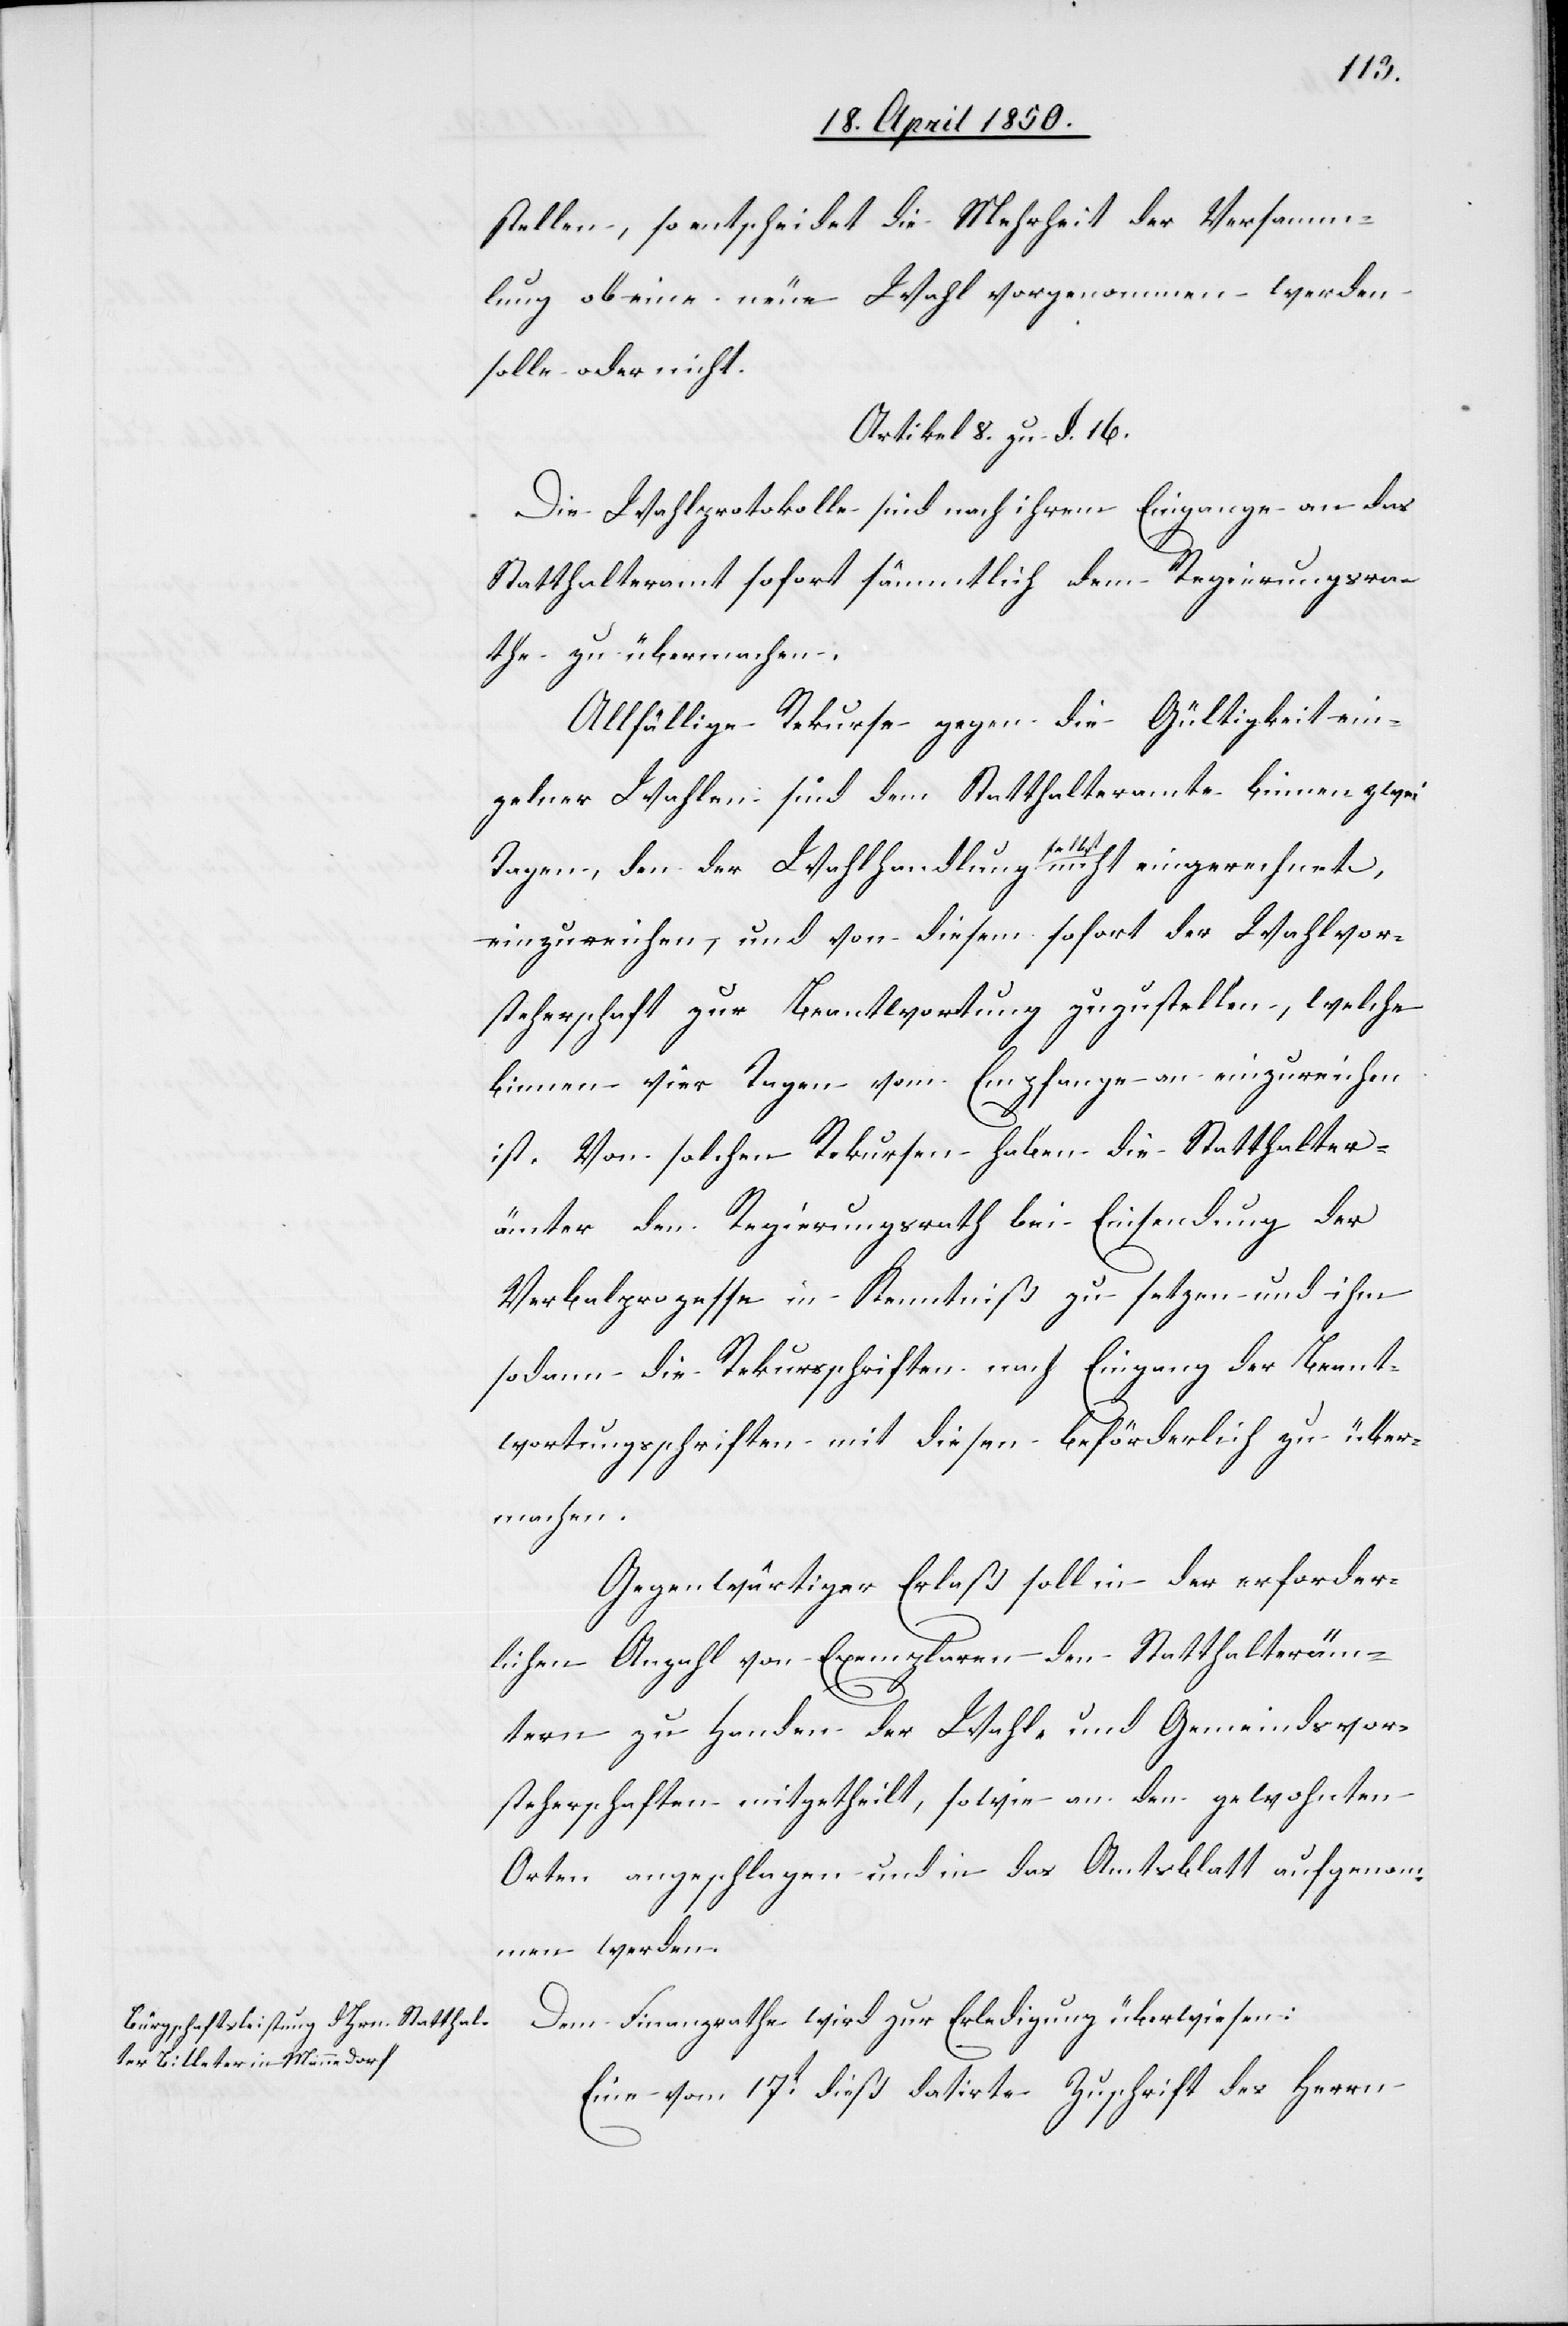
Dem Finanzrathe wird zur Erledigung überwiesen:
Eine vom 17t dieß datirte Zuschrift des Herrn